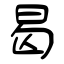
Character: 曷